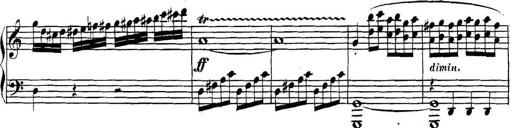
Title: Collected Piano Sonatas
Composer: Muzio Clementi